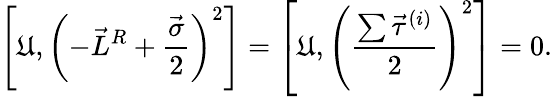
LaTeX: \left[\mathfrak{U},\left(-\vec{{L}}^{R}+\frac{{\vec{{\sigma}}}}{{2}}\right)^{2}\right]=\left[\mathfrak{U},\left(\frac{{\sum\vec{{\tau}}^{(i)}}}{{2}}\right)^{2}\right]=0.